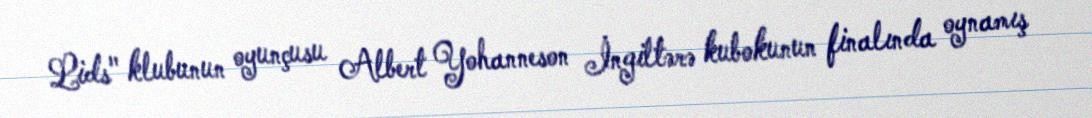
Lids" klubunun oyunçusu Albert Yohanneson İngiltərə kubokunun finalında oynamış